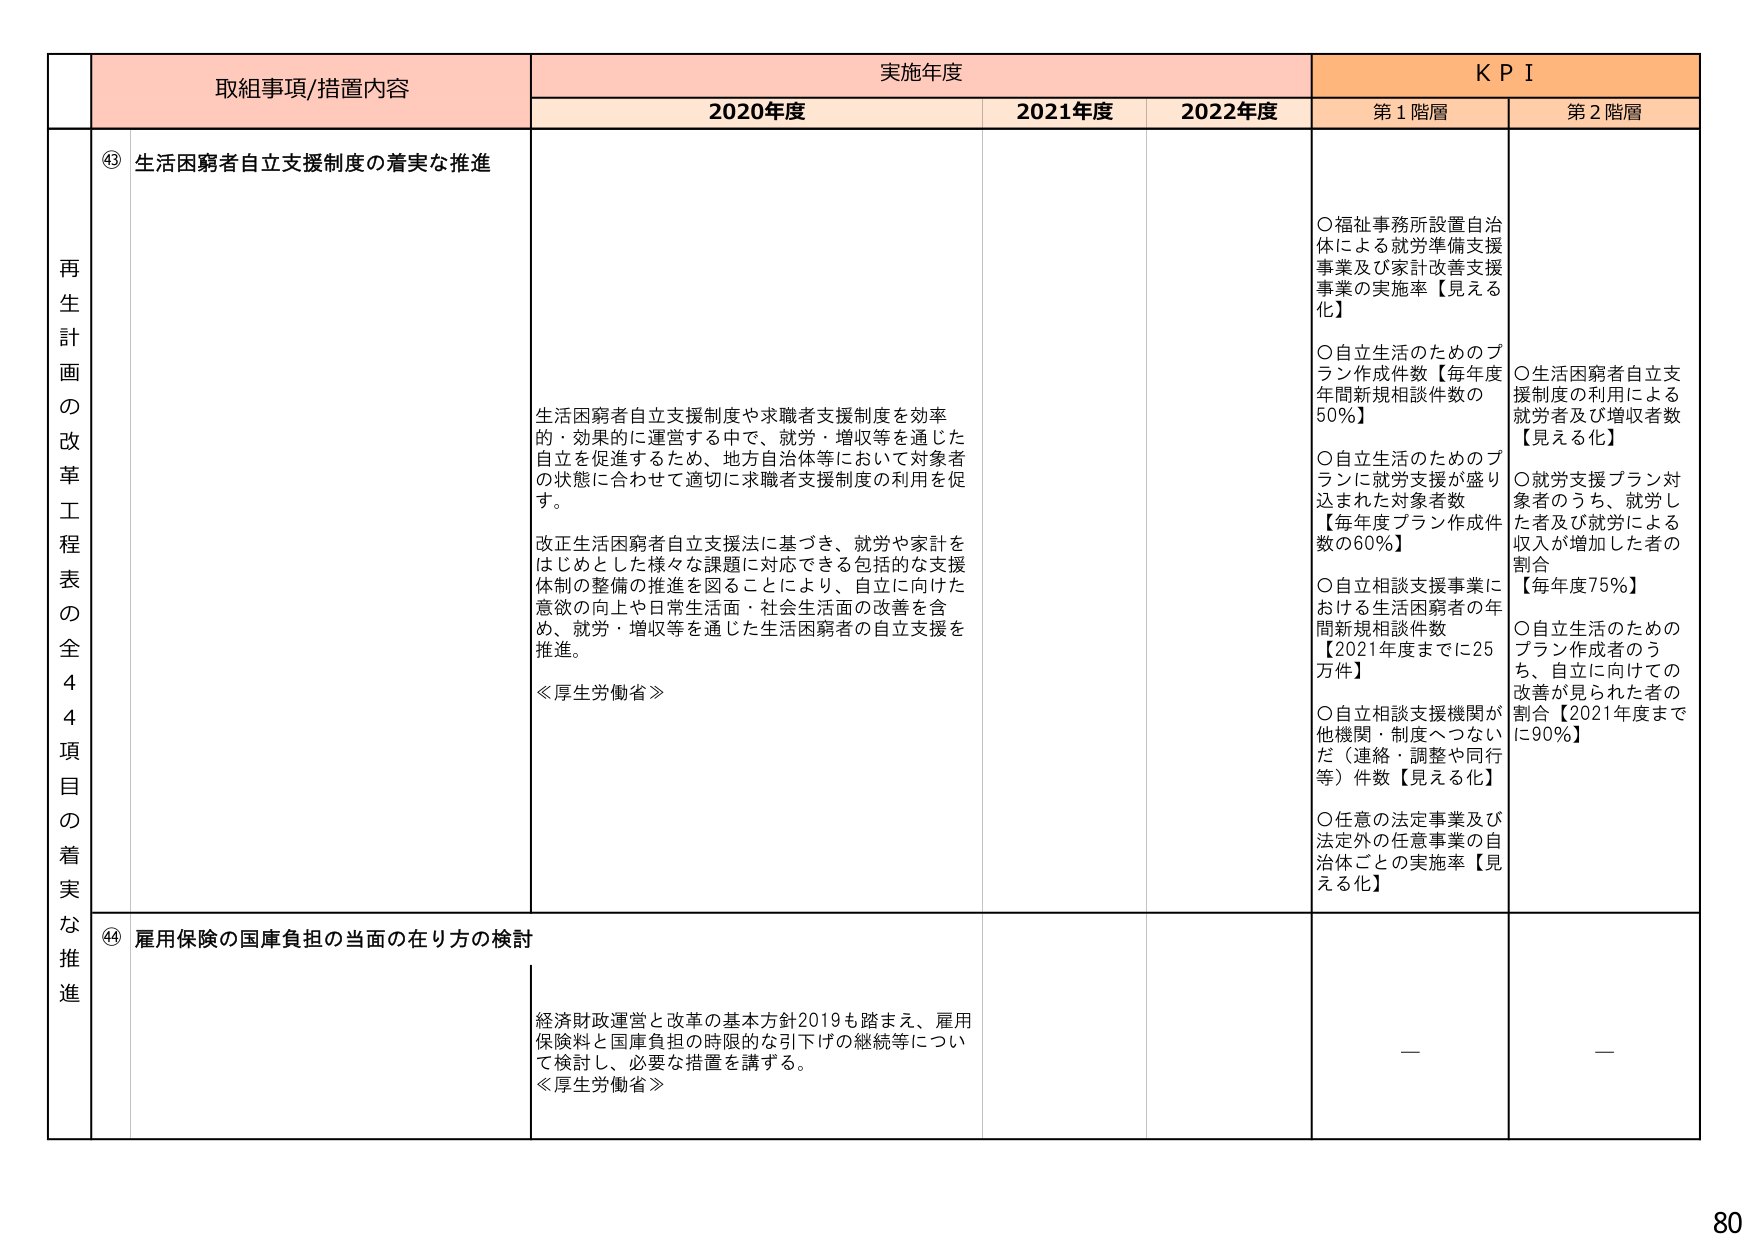
再生計画の改革工程表の全44項目の着実な推進

取組事項/措置内容
④③ 生活困窮者自立支援制度の着実な推進

実施年度
2020年度
生活困窮者自立支援制度や求職者支援制度を効率的・効果的に運営する中で、就労・増収等を通じた自立を促進するため、地方自治体等において対象者の状態に合わせて適切に求職者支援制度の利用を促す。
改正生活困窮者自立支援法に基づき、就労や家計をはじめとした様々な課題に対応できる包括的な支援体制の整備の推進を図ることにより、自立に向けた意欲の向上や日常生活面・社会生活面の改善を含め、就労・増収等を通じた生活困窮者の自立支援を推進。
≪厚生労働省≫

2021年度
2022年度

ＫＰＩ
第1階層
○福祉事務所設置自治体による就労準備支援事業及び家計改善支援事業の実施率【見える化】
○自立生活のためのプラン作成件数【毎年度年間新規相談件数の50％】
○自立生活のためのプランに就労支援が盛り込まれた対象者数【毎年度プラン作成件数の60％】
○自立相談支援事業における生活困窮者の年間新規相談件数【2021年度までに25万件】
○自立相談支援機関が他機関・制度へつながだ（連絡・調整や同行等）件数【見える化】
○任意の法定事業及び法定外の任意事業の自治体ごとの実施率【見える化】

第2階層
○生活困窮者自立支援制度の利用による就労者及び増収者数【見える化】
○就労支援プラン対象者のうち、就労した者及び就労による収入が増加した者の割合【毎年度75％】
○自立生活のためのプラン作成者のうち、自立に向けての改善が見られた者の割合【2021年度までに90％】

④④ 雇用保険の国庫負担の当面の在り方の検討
経済財政運営と改革の基本方針2019も踏まえ、雇用保険料と国庫負担の時限的な引下げの継続等について検討し、必要な措置を講ずる。
≪厚生労働省≫

—
—

80